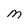
Character: M